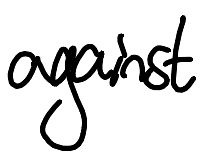
Text: against
Cross-out: clean
Writing tool: digital_black